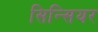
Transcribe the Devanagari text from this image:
सिन्सियर